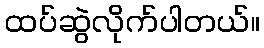
ထပ်ဆွဲလိုက်ပါတယ်။